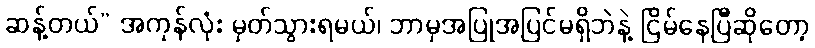
ဆန့်တယ်” အကုန်လုံး မှတ်သွားရမယ်၊ ဘာမှအပြုအပြင်မရှိဘဲနဲ့ ငြိမ်နေပြီဆိုတော့